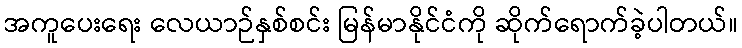
အကူပေးရေး လေယာဉ်နှစ်စင်း မြန်မာနိုင်ငံကို ဆိုက်ရောက်ခဲ့ပါတယ်။